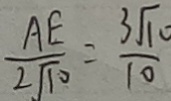
\frac { A E } { 2 \sqrt { 1 0 } } = \frac { 3 \sqrt { 1 0 } } { 1 0 }